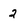
Character: 2